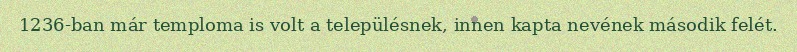
1236-ban már temploma is volt a településnek, innen kapta nevének második felét.